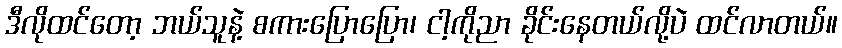
ဒီလိုထင်တော့ ဘယ်သူနဲ့ စကားပြောပြော၊ ငါ့ကိုညာ ခိုင်းနေတယ်လို့ပဲ ထင်လာတယ်။